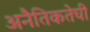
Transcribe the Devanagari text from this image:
अनैतिकतेची